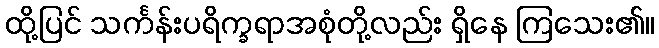
ထို့ပြင် သင်္ကန်းပရိက္ခရာအစုံတို့လည်း ရှိနေ ကြသေး၏။